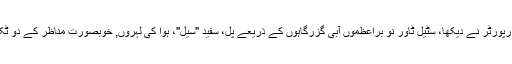
فیکٹری میں ایک تصویر اثر کے رپورٹر نے دیکھا، سٹیل ٹاور نو براعظموں آبی گزرگاہوں کے ذریعے پل، سفید "سیل"، ہوا کی لہروں, خوبصورت مناظر کے دو ٹکڑوں تک کے وسط میں واقع ہے ۔